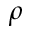
\rho